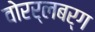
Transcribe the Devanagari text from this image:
वोरर्लबर्ग